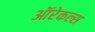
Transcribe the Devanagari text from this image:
ऑरेकल्स